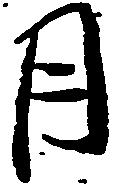
月